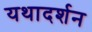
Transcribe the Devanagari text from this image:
यथादर्शन